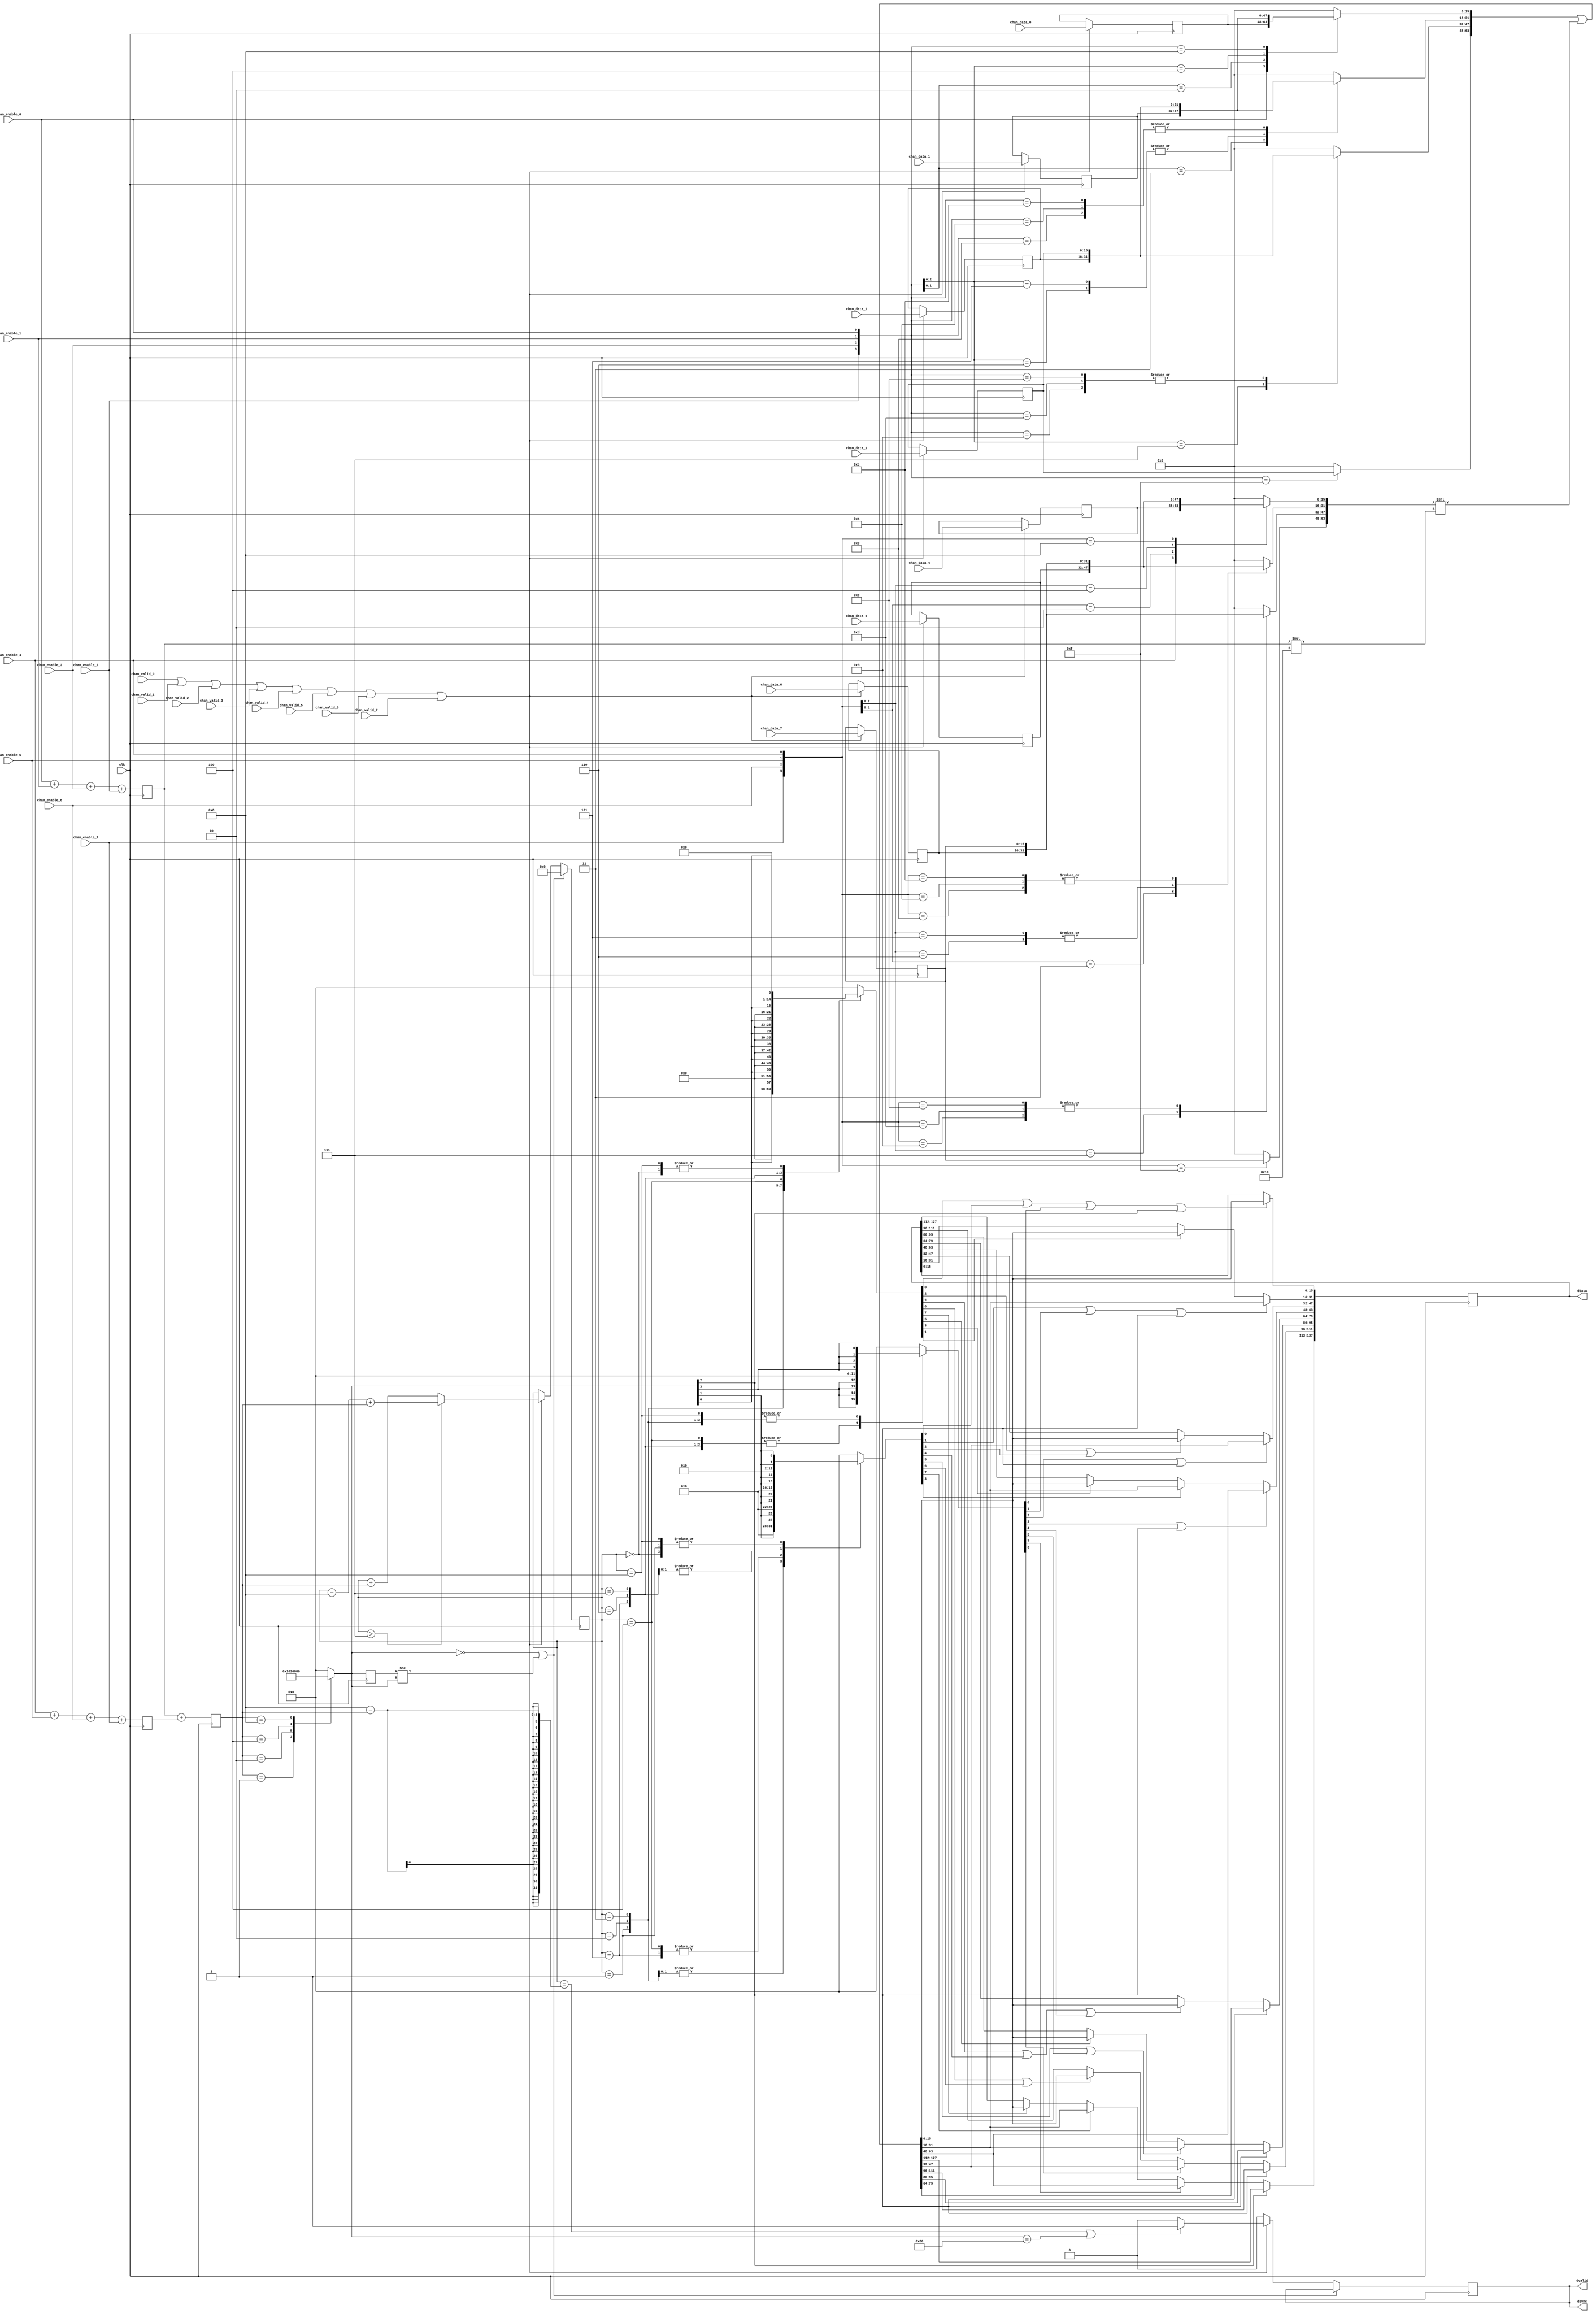
// ***************************************************************************
// ***************************************************************************
// Copyright 2014(c) Analog Devices, Inc.
//
// All rights reserved.
//
// Redistribution and use in source and binary forms, with or without modification,
// are permitted provided that the following conditions are met:
//     - Redistributions of source code must retain the above copyright
//       notice, this list of conditions and the following disclaimer.
//     - Redistributions in binary form must reproduce the above copyright
//       notice, this list of conditions and the following disclaimer in
//       the documentation and/or other materials provided with the
//       distribution.
//     - Neither the name of Analog Devices, Inc. nor the names of its
//       contributors may be used to endorse or promote products derived
//       from this software without specific prior written permission.
//     - The use of this software may or may not infringe the patent rights
//       of one or more patent holders.  This license does not release you
//       from the requirement that you obtain separate licenses from these
//       patent holders to use this software.
//     - Use of the software either in source or binary form, must be run
//       on or directly connected to an Analog Devices Inc. component.
//
// THIS SOFTWARE IS PROVIDED BY ANALOG DEVICES "AS IS" AND ANY EXPRESS OR IMPLIED WARRANTIES,
// INCLUDING, BUT NOT LIMITED TO, NON-INFRINGEMENT, MERCHANTABILITY AND FITNESS FOR A
// PARTICULAR PURPOSE ARE DISCLAIMED.
//
// IN NO EVENT SHALL ANALOG DEVICES BE LIABLE FOR ANY DIRECT, INDIRECT, INCIDENTAL, SPECIAL,
// EXEMPLARY, OR CONSEQUENTIAL DAMAGES (INCLUDING, BUT NOT LIMITED TO, INTELLECTUAL PROPERTY
// RIGHTS, PROCUREMENT OF SUBSTITUTE GOODS OR SERVICES; LOSS OF USE, DATA, OR PROFITS; OR
// BUSINESS INTERRUPTION) HOWEVER CAUSED AND ON ANY THEORY OF LIABILITY, WHETHER IN CONTRACT,
// STRICT LIABILITY, OR TORT (INCLUDING NEGLIGENCE OR OTHERWISE) ARISING IN ANY WAY OUT OF
// THE USE OF THIS SOFTWARE, EVEN IF ADVISED OF THE POSSIBILITY OF SUCH DAMAGE.
// ***************************************************************************
// ***************************************************************************
// ***************************************************************************
// ***************************************************************************

`timescale 1ns/100ps

module util_adc_pack (

  clk,

  chan_enable_0,
  chan_valid_0,
  chan_data_0,

  chan_enable_1,
  chan_valid_1,
  chan_data_1,

  chan_enable_2,
  chan_valid_2,
  chan_data_2,

  chan_enable_3,
  chan_valid_3,
  chan_data_3,

  chan_enable_4,
  chan_valid_4,
  chan_data_4,

  chan_enable_5,
  chan_valid_5,
  chan_data_5,

  chan_enable_6,
  chan_valid_6,
  chan_data_6,

  chan_enable_7,
  chan_valid_7,
  chan_data_7,

  ddata,
  dvalid,
  dsync

  );

  parameter NUM_OF_CHANNELS = 8; // valid values are 4 and 8
  parameter DATA_WIDTH = 16; // valid values are 16 and 32
  // common clock

  input           clk;

  input                       chan_enable_0;
  input                       chan_valid_0;
  input   [(DATA_WIDTH-1):0]  chan_data_0;

  input                       chan_enable_1;
  input                       chan_valid_1;
  input   [(DATA_WIDTH-1):0]  chan_data_1;

  input                       chan_enable_2;
  input                       chan_valid_2;
  input   [(DATA_WIDTH-1):0]  chan_data_2;

  input                       chan_enable_3;
  input                       chan_valid_3;
  input   [(DATA_WIDTH-1):0]  chan_data_3;

  input                       chan_enable_4;
  input                       chan_valid_4;
  input   [(DATA_WIDTH-1):0]  chan_data_4;

  input                       chan_enable_5;
  input                       chan_valid_5;
  input   [(DATA_WIDTH-1):0]  chan_data_5;

  input                       chan_enable_6;
  input                       chan_valid_6;
  input   [(DATA_WIDTH-1):0]  chan_data_6;

  input                       chan_valid_7;
  input                       chan_enable_7;
  input   [(DATA_WIDTH-1):0]  chan_data_7;

  output  [(DATA_WIDTH*NUM_OF_CHANNELS-1):0] ddata;
  output                              dvalid;
  output                              dsync;

  reg  [(DATA_WIDTH*NUM_OF_CHANNELS-1):0]    packed_data = 0;
  reg  [(DATA_WIDTH*NUM_OF_CHANNELS-1):0]    temp_data_0 = 0;
  reg  [(DATA_WIDTH*NUM_OF_CHANNELS-1):0]    temp_data_1 = 0;

  reg  [3:0]      enable_cnt;
  reg  [2:0]      enable_cnt_0;
  reg  [2:0]      enable_cnt_1;


  reg  [7:0]      path_enabled = 0;
  reg  [7:0]      path_enabled_d1 = 0;
  reg  [6:0]      counter_0 = 0;
  reg  [7:0]      en1 = 0;
  reg  [7:0]      en2 = 0;
  reg  [7:0]      en4 = 0;
  reg             dvalid = 0;

  reg  [(DATA_WIDTH*NUM_OF_CHANNELS-1):0]  ddata = 0;
  reg  [(DATA_WIDTH-1):0]           chan_data_0_r;
  reg  [(DATA_WIDTH-1):0]           chan_data_1_r;
  reg  [(DATA_WIDTH-1):0]           chan_data_2_r;
  reg  [(DATA_WIDTH-1):0]           chan_data_3_r;
  reg  [(DATA_WIDTH-1):0]           chan_data_4_r;
  reg  [(DATA_WIDTH-1):0]           chan_data_5_r;
  reg  [(DATA_WIDTH-1):0]           chan_data_6_r;
  reg  [(DATA_WIDTH-1):0]           chan_data_7_r;

  wire            chan_valid;

  assign dsync        = dvalid;
  assign chan_valid   = chan_valid_0 | chan_valid_1 | chan_valid_2 | chan_valid_3 | chan_valid_4 | chan_valid_5 | chan_valid_6 | chan_valid_7 ;

  always @(posedge clk)
  begin
    enable_cnt   = enable_cnt_0 + enable_cnt_1;
    enable_cnt_0 = chan_enable_0 + chan_enable_1 + chan_enable_2 + chan_enable_3;
    if (NUM_OF_CHANNELS == 8)
    begin
      enable_cnt_1 = chan_enable_4 + chan_enable_5 + chan_enable_6 + chan_enable_7;
    end
    else
    begin
      enable_cnt_1 = 0;
    end
  end

  always @(posedge clk)
  begin
    if(chan_valid == 1'b1)
    begin
      chan_data_0_r <= chan_data_0;
      chan_data_1_r <= chan_data_1;
      chan_data_2_r <= chan_data_2;
      chan_data_3_r <= chan_data_3;
      chan_data_4_r <= chan_data_4;
      chan_data_5_r <= chan_data_5;
      chan_data_6_r <= chan_data_6;
      chan_data_7_r <= chan_data_7;
    end
  end

  always @(chan_data_0_r, chan_data_1_r, chan_data_2_r, chan_data_3_r, chan_enable_0, chan_enable_1, chan_enable_2, chan_enable_3 )
  begin
    casex ({chan_enable_3,chan_enable_2,chan_enable_1,chan_enable_0})
      4'bxxx1: temp_data_0[(DATA_WIDTH-1):0] = chan_data_0_r;
      4'bxx10: temp_data_0[(DATA_WIDTH-1):0] = chan_data_1_r;
      4'bx100: temp_data_0[(DATA_WIDTH-1):0] = chan_data_2_r;
      4'b1000: temp_data_0[(DATA_WIDTH-1):0] = chan_data_3_r;
      default: temp_data_0 [(DATA_WIDTH-1):0] = 0;
    endcase

    casex ({chan_enable_3,chan_enable_2,chan_enable_1,chan_enable_0})
      4'bxx11: temp_data_0[2*DATA_WIDTH-1:DATA_WIDTH] = chan_data_1_r;
      4'bx110: temp_data_0[2*DATA_WIDTH-1:DATA_WIDTH] = chan_data_2_r;
      4'bx101: temp_data_0[2*DATA_WIDTH-1:DATA_WIDTH] = chan_data_2_r;
      4'b1001: temp_data_0[2*DATA_WIDTH-1:DATA_WIDTH] = chan_data_3_r;
      4'b1010: temp_data_0[2*DATA_WIDTH-1:DATA_WIDTH] = chan_data_3_r;
      4'b1100: temp_data_0[2*DATA_WIDTH-1:DATA_WIDTH] = chan_data_3_r;
      default: temp_data_0[2*DATA_WIDTH-1:DATA_WIDTH] = 0;
    endcase

    casex ({chan_enable_3,chan_enable_2,chan_enable_1,chan_enable_0})
      4'bx111: temp_data_0[3*DATA_WIDTH-1:2*DATA_WIDTH] = chan_data_2_r;
      4'b1011: temp_data_0[3*DATA_WIDTH-1:2*DATA_WIDTH] = chan_data_3_r;
      4'b1101: temp_data_0[3*DATA_WIDTH-1:2*DATA_WIDTH] = chan_data_3_r;
      4'b1110: temp_data_0[3*DATA_WIDTH-1:2*DATA_WIDTH] = chan_data_3_r;
      default: temp_data_0[3*DATA_WIDTH-1:2*DATA_WIDTH] = 0;
    endcase

    case ({chan_enable_3,chan_enable_2,chan_enable_1,chan_enable_0})
      4'b1111: temp_data_0[4*DATA_WIDTH-1:3*DATA_WIDTH] = chan_data_3_r;
      default: temp_data_0[4*DATA_WIDTH-1:3*DATA_WIDTH] = 0;
    endcase
  end

  always @(chan_data_4_r, chan_data_5_r, chan_data_6_r, chan_data_7_r, chan_enable_4, chan_enable_5, chan_enable_6, chan_enable_7)
  begin
    casex ({chan_enable_7,chan_enable_6,chan_enable_5,chan_enable_4})
      4'bxxx1: temp_data_1[(DATA_WIDTH-1):0] = chan_data_4_r;
      4'bxx10: temp_data_1[(DATA_WIDTH-1):0] = chan_data_5_r;
      4'bx100: temp_data_1[(DATA_WIDTH-1):0] = chan_data_6_r;
      4'b1000: temp_data_1[(DATA_WIDTH-1):0] = chan_data_7_r;
      default: temp_data_1[(DATA_WIDTH-1):0] = 0;
    endcase

    casex ({chan_enable_7,chan_enable_6,chan_enable_5,chan_enable_4})
      4'bxx11: temp_data_1[2*DATA_WIDTH-1:DATA_WIDTH] = chan_data_5_r;
      4'bx110: temp_data_1[2*DATA_WIDTH-1:DATA_WIDTH] = chan_data_6_r;
      4'bx101: temp_data_1[2*DATA_WIDTH-1:DATA_WIDTH] = chan_data_6_r;
      4'b1001: temp_data_1[2*DATA_WIDTH-1:DATA_WIDTH] = chan_data_7_r;
      4'b1010: temp_data_1[2*DATA_WIDTH-1:DATA_WIDTH] = chan_data_7_r;
      4'b1100: temp_data_1[2*DATA_WIDTH-1:DATA_WIDTH] = chan_data_7_r;
      default: temp_data_1[2*DATA_WIDTH-1:DATA_WIDTH] = 0;
    endcase

    casex ({chan_enable_7,chan_enable_6,chan_enable_5,chan_enable_4})
      4'bx111: temp_data_1[3*DATA_WIDTH-1:2*DATA_WIDTH] = chan_data_6_r;
      4'b1011: temp_data_1[3*DATA_WIDTH-1:2*DATA_WIDTH] = chan_data_7_r;
      4'b1101: temp_data_1[3*DATA_WIDTH-1:2*DATA_WIDTH] = chan_data_7_r;
      4'b1110: temp_data_1[3*DATA_WIDTH-1:2*DATA_WIDTH] = chan_data_7_r;
      default: temp_data_1[3*DATA_WIDTH-1:2*DATA_WIDTH] = 0;
    endcase

    case ({chan_enable_7,chan_enable_6,chan_enable_5,chan_enable_4})
      4'b1111: temp_data_1[4*DATA_WIDTH-1:3*DATA_WIDTH] = chan_data_7_r;
      default: temp_data_1[4*DATA_WIDTH-1:3*DATA_WIDTH] = 0;
    endcase
  end

  always @(enable_cnt)
  begin
    case(enable_cnt)
     4'h1: path_enabled = 8'h01;
     4'h2: path_enabled = 8'h02;
     4'h4: path_enabled = 8'h08;
     4'h8: path_enabled = 8'h80;
     default: path_enabled = 8'h0;
    endcase
  end

  always @(temp_data_0, temp_data_1, enable_cnt_0)
  begin
    packed_data = temp_data_0 | temp_data_1 << (enable_cnt_0 * DATA_WIDTH);
  end

  always @(counter_0, path_enabled)
  begin
    case (counter_0)
      0:
      begin
        en1 = path_enabled[0];
        en2 = {2{path_enabled[1]}};
        en4 = {4{path_enabled[3]}};
      end
      1:
      begin
        en1 = path_enabled[0]       << 1;
        en2 = {2{path_enabled[1]}}  << 0;
        en4 = {4{path_enabled[3]}}  << 0;
      end
      2:
      begin
        en1 = path_enabled[0]       << 2;
        en2 = {2{path_enabled[1]}}  << 2;
        en4 = {4{path_enabled[3]}}  << 0;
      end
      3:
      begin
        en1 = path_enabled[0]       << 3;
        en2 = {2{path_enabled[1]}}  << 2;
        en4 = {4{path_enabled[3]}}  << 0;
      end
      4:
      begin
        if (NUM_OF_CHANNELS == 8)
        begin
          en1 = path_enabled[0]       << 4;
          en2 = {2{path_enabled[1]}}  << 4;
          en4 = {4{path_enabled[3]}}  << 4;
        end
        else
        begin
          en1 = path_enabled[0];
          en2 = {2{path_enabled[1]}};
          en4 = {4{path_enabled[3]}};
        end
      end
      5:
      begin
        en1 = path_enabled[0]       << 5;
        en2 = {2{path_enabled[1]}}  << 4;
        en4 = {4{path_enabled[3]}}  << 4;
      end
      6:
      begin
        en1 = path_enabled[0]       << 6;
        en2 = {2{path_enabled[1]}}  << 6;
        en4 = {4{path_enabled[3]}}  << 4;
      end
      7:
      begin
        en1 = path_enabled[0]       << 7;
        en2 = {2{path_enabled[1]}}  << 6;
        en4 = {4{path_enabled[3]}}  << 4;
      end
      8:
      begin
        en1 = path_enabled[0]       << 0;
        en2 = {2{path_enabled[1]}}  << 0;
        en4 = {4{path_enabled[3]}}  << 0;
      end
      default:
      begin
        en1 = 8'h0;
        en2 = 8'h0;
        en4 = 8'h0;
      end
    endcase
  end

  always @(posedge clk)
  begin
    path_enabled_d1 <= path_enabled;
    if (path_enabled == 8'h0 || path_enabled_d1 != path_enabled )
    begin
      counter_0 <= 7'h0;
    end
    else
    begin
      if( chan_valid == 1'b1)
      begin
        if (counter_0 > (NUM_OF_CHANNELS - 1) )
        begin
          counter_0 <= counter_0 - NUM_OF_CHANNELS + enable_cnt;
        end
        else
        begin
          counter_0 <= counter_0 + enable_cnt;
        end
        if ((counter_0 == (NUM_OF_CHANNELS - enable_cnt)) || (path_enabled == (8'h1 << (NUM_OF_CHANNELS - 1)) ))
        begin
          dvalid  <= 1'b1;
        end
        else
        begin
          dvalid  <= 1'b0;
        end
      end
      else
      begin
        dvalid      <= 1'b0;
      end
    end
  end

  generate
  // 8 NUM_OF_CHANNELS
  if ( NUM_OF_CHANNELS == 8 )
  begin
    // FIRST FOUR NUM_OF_CHANNELS
    always @(posedge clk)
    begin
      // ddata 0
      if ((en1[0] | en2[0] | en4[0] | path_enabled[NUM_OF_CHANNELS-1]) == 1'b1)
      begin
        ddata[(DATA_WIDTH-1):0]     <=  packed_data[(DATA_WIDTH-1):0];
      end

      // ddata 1
      if( en1[1] == 1'b1)
      begin
        ddata[2*DATA_WIDTH-1:DATA_WIDTH]    <= packed_data[(DATA_WIDTH-1):0];
      end
      if ( (en2[1] | en4[1] | path_enabled[NUM_OF_CHANNELS-1]) == 1'b1)
      begin
        ddata[2*DATA_WIDTH-1:DATA_WIDTH]    <= packed_data[2*DATA_WIDTH-1:DATA_WIDTH];
      end

      // ddata 2
      if ((en1[2] | en2[2]) == 1'b1)
      begin
        ddata[3*DATA_WIDTH-1:2*DATA_WIDTH]    <= packed_data[(DATA_WIDTH-1):0];
      end
      if ((en4[2] | path_enabled[NUM_OF_CHANNELS-1]) == 1'b1)
      begin
        ddata[3*DATA_WIDTH-1:2*DATA_WIDTH]    <= packed_data[3*DATA_WIDTH-1:2*DATA_WIDTH];
      end

      // ddata 3
      if (en1[3] == 1'b1)
      begin
        ddata[4*DATA_WIDTH-1:3*DATA_WIDTH] <= packed_data[(DATA_WIDTH-1):0];
      end
      if (en2[3] == 1'b1)
      begin
        ddata[4*DATA_WIDTH-1:3*DATA_WIDTH] <= packed_data[2*DATA_WIDTH-1:DATA_WIDTH];
      end
      if ((en4[3] | path_enabled[NUM_OF_CHANNELS-1]) == 1'b1)
      begin
        ddata[4*DATA_WIDTH-1:3*DATA_WIDTH] <= packed_data[4*DATA_WIDTH-1:3*DATA_WIDTH];
      end

      // ddata 4
      if ((en1[4] | en2[4] | en4[4]) == 1'b1)
      begin
        ddata[5*DATA_WIDTH-1:4*DATA_WIDTH] <= packed_data[(DATA_WIDTH-1):0];
      end
      if (path_enabled[NUM_OF_CHANNELS-1] == 1'b1)
      begin
        ddata[5*DATA_WIDTH-1:4*DATA_WIDTH] <= packed_data[5*DATA_WIDTH-1:4*DATA_WIDTH];
      end

      // ddata 5
      if (en1[5] == 1'b1)
      begin
        ddata[6*DATA_WIDTH-1:5*DATA_WIDTH] <= packed_data[(DATA_WIDTH-1):0];
      end
      if ((en2[5] | en4[5]) == 1'b1)
      begin
        ddata[6*DATA_WIDTH-1:5*DATA_WIDTH] <= packed_data[2*DATA_WIDTH-1:DATA_WIDTH];
      end
      if (path_enabled[NUM_OF_CHANNELS-1] == 1'b1)
      begin
        ddata[6*DATA_WIDTH-1:5*DATA_WIDTH] <= packed_data[6*DATA_WIDTH-1:5*DATA_WIDTH];
      end

      // ddata 6
      if ((en1[6] | en2[6]) == 1'b1)
      begin
        ddata[7*DATA_WIDTH-1:6*DATA_WIDTH] <= packed_data[(DATA_WIDTH-1):0];
      end
      if (en4[6] == 1'b1)
      begin
        ddata[7*DATA_WIDTH-1:6*DATA_WIDTH] <= packed_data[3*DATA_WIDTH-1:2*DATA_WIDTH];
      end
      if (path_enabled[NUM_OF_CHANNELS-1] == 1'b1)
      begin
        ddata[7*DATA_WIDTH-1:6*DATA_WIDTH] <= packed_data[7*DATA_WIDTH-1:6*DATA_WIDTH];
      end

      // ddata 7
      if (en1[7] == 1'b1)
      begin
        ddata[8*DATA_WIDTH-1:7*DATA_WIDTH]  <= packed_data[(DATA_WIDTH-1):0];
      end
      if (en2[7] == 1'b1)
      begin
        ddata[8*DATA_WIDTH-1:7*DATA_WIDTH]  <= packed_data[2*DATA_WIDTH-1:DATA_WIDTH];
      end
      if (en4[7] == 1'b1)
      begin
        ddata[8*DATA_WIDTH-1:7*DATA_WIDTH]  <= packed_data[4*DATA_WIDTH-1:3*DATA_WIDTH];
      end
      if (path_enabled[NUM_OF_CHANNELS-1] == 1'b1)
      begin
        ddata[8*DATA_WIDTH-1:7*DATA_WIDTH]  <= packed_data[8*DATA_WIDTH-1:7*DATA_WIDTH];
      end
    end
  end
  else
  begin
    always @(posedge clk)
    begin
      // ddata 0
      if ((en1[0] | en2[0] | path_enabled[3] ) == 1'b1)
      begin
        ddata[(DATA_WIDTH-1):0]     <=  packed_data[(DATA_WIDTH-1):0];
      end

      // ddata 1
      if( en1[1] == 1'b1)
      begin
        ddata[2*DATA_WIDTH-1:DATA_WIDTH]    <= packed_data[(DATA_WIDTH-1):0];
      end
      if ( (en2[1] | | path_enabled[3] )== 1'b1)
      begin
        ddata[2*DATA_WIDTH-1:DATA_WIDTH]    <= packed_data[2*DATA_WIDTH-1:DATA_WIDTH];
      end

      // ddata 2
      if ((en1[2] | en2[2]) == 1'b1)
      begin
        ddata[3*DATA_WIDTH-1:2*DATA_WIDTH]    <= packed_data[(DATA_WIDTH-1):0];
      end
      if (( path_enabled[3]) == 1'b1)
      begin
        ddata[3*DATA_WIDTH-1:2*DATA_WIDTH]    <= packed_data[3*DATA_WIDTH-1:2*DATA_WIDTH];
      end

      // ddata 3
      if (en1[3] == 1'b1)
      begin
        ddata[4*DATA_WIDTH-1:3*DATA_WIDTH] <= packed_data[(DATA_WIDTH-1):0];
      end
      if (en2[3] == 1'b1)
      begin
        ddata[4*DATA_WIDTH-1:3*DATA_WIDTH] <= packed_data[2*DATA_WIDTH-1:DATA_WIDTH];
      end
      if (path_enabled[3] == 1'b1)
      begin
        ddata[4*DATA_WIDTH-1:3*DATA_WIDTH] <= packed_data[4*DATA_WIDTH-1:3*DATA_WIDTH];
      end

    end
  end
  endgenerate

  endmodule

  // ***************************************************************************
  // ***************************************************************************